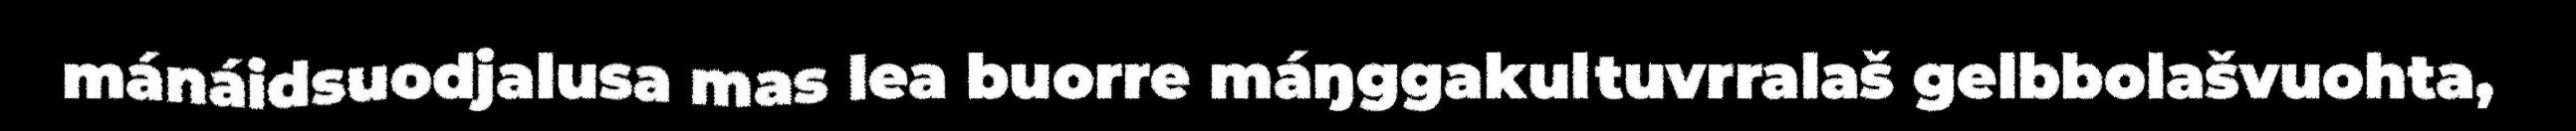
mánáidsuodjalusa mas lea buorre máŋggakultuvrralaš gelbbolašvuohta,